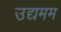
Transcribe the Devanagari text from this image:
उद्यमम